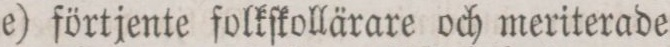
e) förtjente folkſkollärare och meriterade